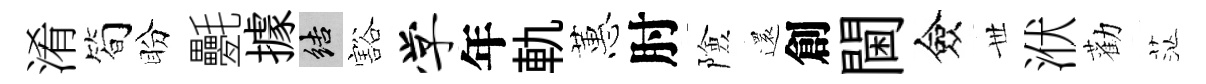
淆筍盼氎據結豁学年軌蕙肘險還創閫僉𠀍洑勸茫